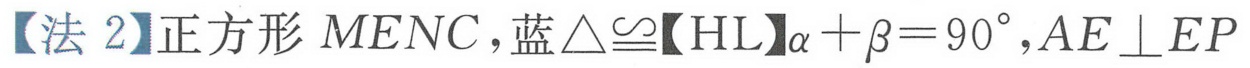
【法 2】正方形$MENC$，蓝$\triangle\cong$【HL】$\alpha+\beta = 90^{\circ},AE\perp EP$